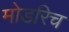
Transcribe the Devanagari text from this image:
मोडरिच